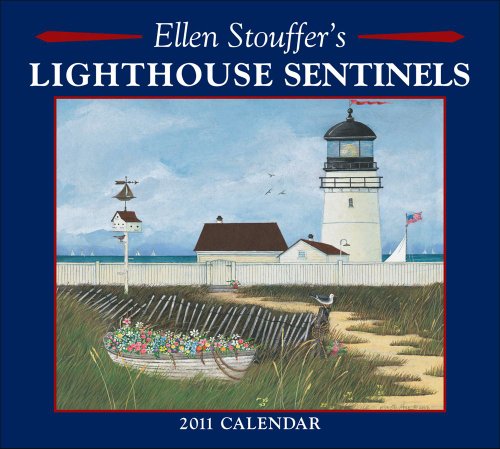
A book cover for Ellen Stouffer Lighthouse Sentinels: 2011 Wall Calendar; Ellen Stouffer; Calendars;